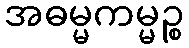
အဓမ္မကမ္မဉ္စ